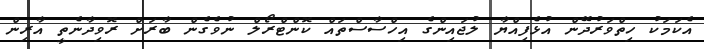
އެކަމަކު ހިތްވަރުދޭން އުޅެފިއްޔާ ލުޖައިންގެ އިހްސާސްތައް ކޮންޓްރޯލް ނުވެގެން ބާރަށް ރޮވިދާނެތީ އާރިން